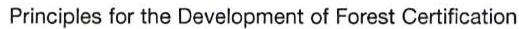
Principles for the Development of Forest Certification